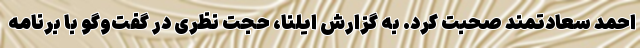
احمد سعادتمند صحبت کرد. به گزارش ایلنا، حجت نظری در گفت‌وگو با برنامه